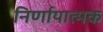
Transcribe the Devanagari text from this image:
निर्णायात्मक